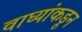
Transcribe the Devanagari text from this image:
वाघ्यांकडून